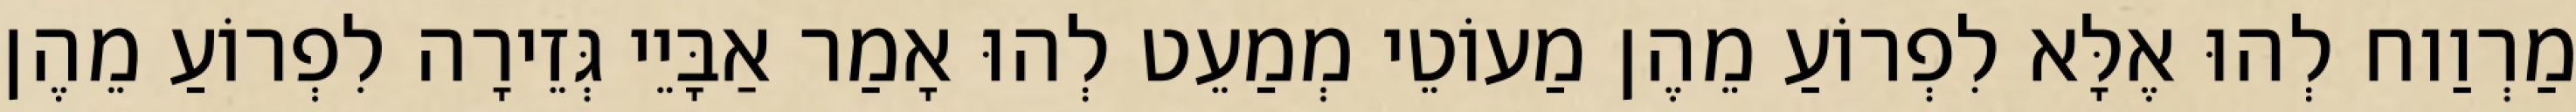
מַרְוַוח לְהוּ אֶלָּא לִפְרוֹעַ מֵהֶן מַעוֹטֵי מְמַעֵט לְהוּ אָמַר אַבָּיֵי גְּזֵירָה לִפְרוֹעַ מֵהֶן